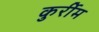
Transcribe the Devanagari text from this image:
कुर्रीम